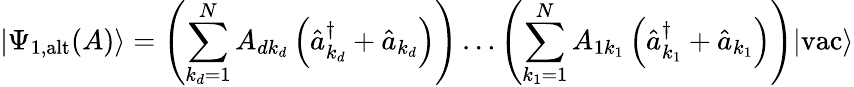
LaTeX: \left|\Psi_{\textrm{1,alt}}(A)\right\rangle=\left(\sum_{k_{d}=1}^{N}A_{dk_{d}}\left(\hat{a}_{k_{d}}^{\dagger}+\hat{a}_{k_{d}}\right)\right)\ldots\left(\sum_{k_{1}=1}^{N}A_{1k_{1}}\left(\hat{a}_{k_{1}}^{\dagger}+\hat{a}_{k_{1}}\right)\right)|\textrm{vac}\rangle